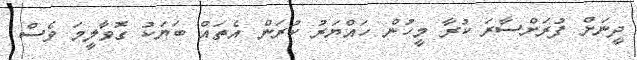
ދީނަށް ފުރަށްސާރަ ކުރާ މީހުން ހައްޔަރު ކުރަން އެތައް ބަޔަކު ގޮވާލީމަ ވެސް